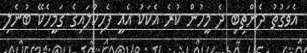
އެވަގުތު ދެންތިބި ދެ މީހުން ކުރެ އެކަކު އެއީ ފެހިކުލައިގެ ގަމީހެކޭ ބުނެލި